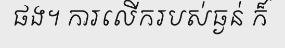
ផង។ ការលើករបស់ធ្ងន់ ក៏